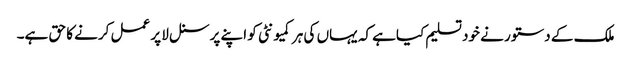
ملک کے دستور نے خود تسلیم کیاہے کہ یہاں کی ہر کمیونٹی کو اپنے پرسنل لا پر عمل کرنے کا حق ہے۔